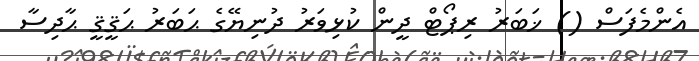
އެންމެފަސް () ޚަބަރު ރިޕޯޓް ދީން ކުޅިވަރު ދުނިޔޭގެ ޙަބަރު ޙަޤީޤީ ޙާދިސާ